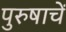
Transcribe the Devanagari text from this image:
पुरुषाचें